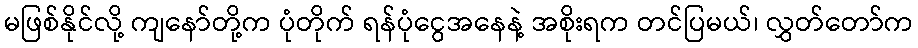
မဖြစ်နိုင်လို့ ကျနော်တို့က ပုံတိုက် ရန်ပုံငွေအနေနဲ့ အစိုးရက တင်ပြမယ်၊ လွှတ်တော်က